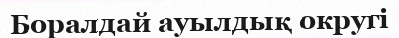
Боралдай ауылдық округі